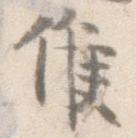
候